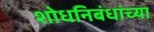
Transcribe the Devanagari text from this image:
शोधनिबंधांच्या